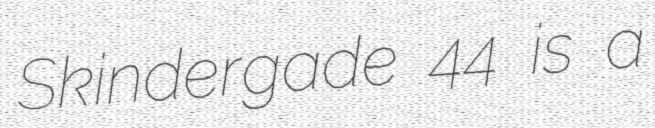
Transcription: Skindergade 44 is a